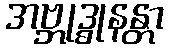
အဗ္ဘုဒ္ဓုနန္တာ